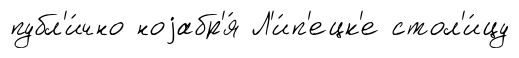
публ'и́чно ноjабр'я́ Л'и́п'ецк'е стол'и́цу